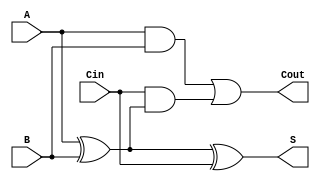
module RippleCarryFullAdder (
    input wire A,      // First binary input
    input wire B,      // Second binary input
    input wire Cin,    // Carry-in input
    output wire S,     // Sum output
    output wire Cout   // Carry-out output
);

// Intermediate signals
wire AxorB;          // Intermediate result for A XOR B

// Compute the sum (S)
assign AxorB = A ^ B;  // First XOR gate: A XOR B
assign S = AxorB ^ Cin; // Second XOR gate: (A XOR B) XOR Cin

// Compute the carry-out (Cout)
assign Cout = (A & B) | (Cin & AxorB); // Carry-out logic

endmodule